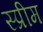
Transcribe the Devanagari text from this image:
स्प्रीम